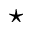
\star